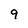
Character: 9